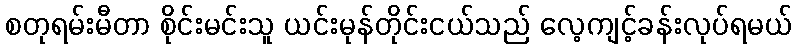
စတုရမ်းမီတာ စိုင်းမင်းသူ ယင်းမုန်တိုင်းငယ်သည် လေ့ကျင့်ခန်းလုပ်ရမယ်